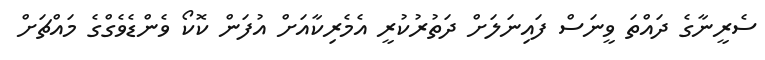
ސެރީނާގެ ދައްތަ ވީނަސް ފައިނަލަށް ދަތުރުކުރީ އެމެރިކާއަށް އުފަން ކޮކޯ ވެންޑެވެގްގެ މައްޗަށް